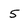
Character: 5